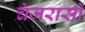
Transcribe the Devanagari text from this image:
चेजरासो